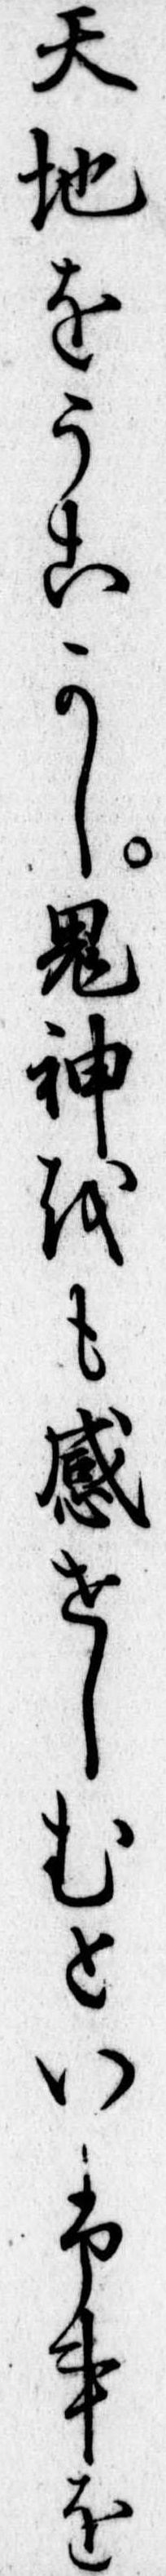
天地をうこかし鬼神をも感せしむといふ事を